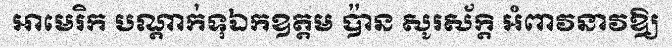
អាមេរិក បណ្តាក់ទុឯកឧត្តម ប៉ាន សូរស័ក្តិ អំពាវនាវឱ្យ